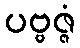
ပဗ္ဗဇ္ဇံ